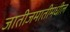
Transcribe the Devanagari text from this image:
जातीजमातीमधील